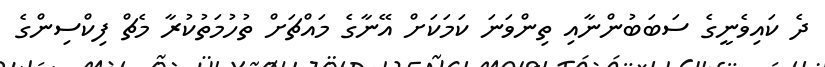
ދެ ކައިވެނީގެ ސަބަބުންނާއި ތިންވަނަ ކަމަކަށް އޭނާގެ މައްޗަށް ތުހުމަތުކުރާ މެޗް ފިކްސިންގެ